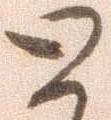
と